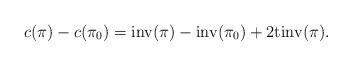
LaTeX: \begin{align*}c(\pi)-c(\pi_0)={\rm inv}(\pi)-{\rm inv}(\pi_0)+2{\rm tinv}(\pi).\end{align*}